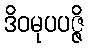
ဒိဝမုပပဇ္ဇိ